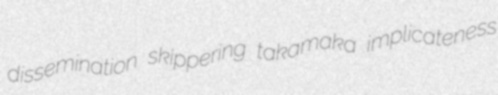
dissemination skippering takamaka implicateness